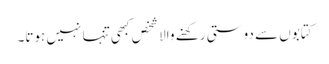
کتابوں سے دوستی رکھنے والا شخص کبھی تنہا نہیں ہوتا۔